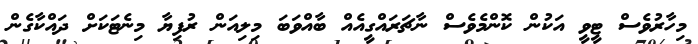
މިހާރުވެސް ޓީވީ އަކުން ކޮންމެވެސް ނާޗަރައްގީއެއް ބާއްވަބަ މިލިއަން ރުފިޔާ މިނެޓަކަށް ދައްކާގެން